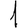
Digit: 1